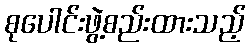
စုပေါင်းဖွဲ့စည်းထားသည့်